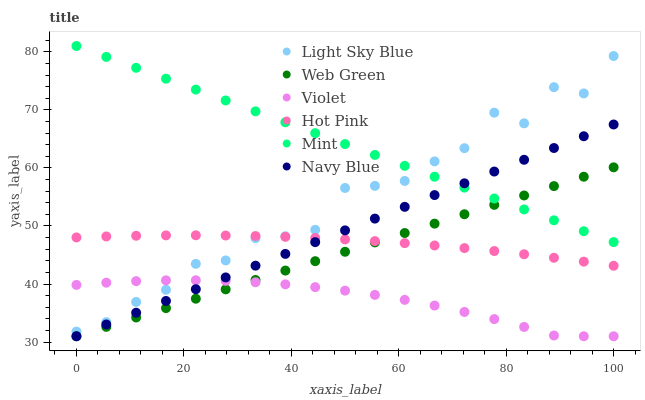
| xaxis_label | Light Sky Blue | Web Green | Violet | Hot Pink | Mint | Navy Blue |
 | --- | --- | --- | --- | --- | --- | --- |
 | 0 | 31.8 | 31 | 39.8 | 48 | 81 | 31 |
 | 5.56 | 33.4 | 32.6 | 40.2 | 48.2 | 79.1 | 33 |
 | 11.1 | 36.9 | 34.2 | 40.5 | 48.3 | 77.2 | 35.1 |
 | 16.7 | 39 | 35.9 | 40.6 | 48.4 | 75.4 | 37.1 |
 | 22.2 | 43.5 | 37.5 | 40.6 | 48.4 | 73.5 | 39.1 |
 | 27.8 | 44.1 | 39.1 | 40.5 | 48.4 | 71.6 | 41.1 |
 | 33.3 | 47.9 | 40.7 | 40.3 | 48.3 | 69.7 | 43.2 |
 | 38.9 | 48.2 | 42.3 | 39.9 | 48.1 | 67.9 | 45.2 |
 | 44.4 | 49.3 | 43.9 | 39.5 | 47.9 | 66 | 47.2 |
 | 50 | 56.5 | 45.6 | 38.9 | 47.7 | 64.1 | 49.2 |
 | 55.6 | 56.9 | 47.2 | 38.1 | 47.4 | 62.2 | 51.3 |
 | 61.1 | 57.8 | 48.8 | 37.3 | 47 | 60.4 | 53.3 |
 | 66.7 | 61.1 | 50.4 | 36.3 | 46.6 | 58.5 | 55.3 |
 | 72.2 | 63.4 | 52 | 35.2 | 46.2 | 56.6 | 57.3 |
 | 77.8 | 69.5 | 53.6 | 34 | 45.7 | 54.7 | 59.4 |
 | 83.3 | 67.7 | 55.3 | 32.6 | 45.1 | 52.9 | 61.4 |
 | 88.9 | 73.9 | 56.9 | 31.1 | 44.5 | 51 | 63.4 |
 | 94.4 | 72.8 | 58.5 | 31 | 43.9 | 49.1 | 65.5 |
 | 100 | 79.3 | 60.1 | 31 | 43.1 | 47.2 | 67.5 |